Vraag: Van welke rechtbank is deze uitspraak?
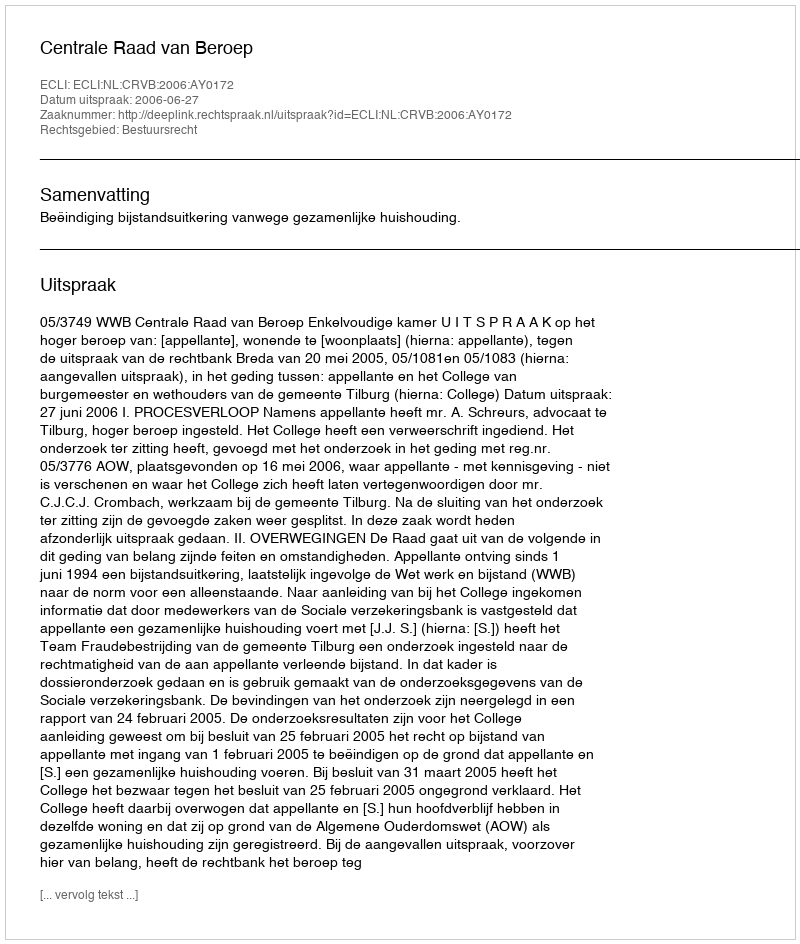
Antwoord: Centrale Raad van Beroep